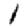
Digit: 1